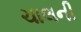
ચાલની